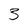
Character: 3